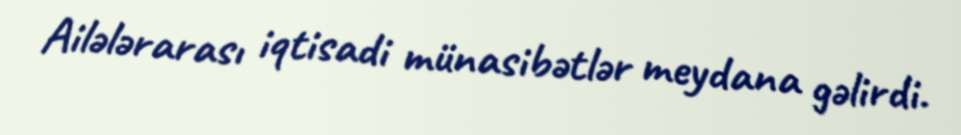
Ailələrarası iqtisadi münasibətlər meydana gəlirdi.